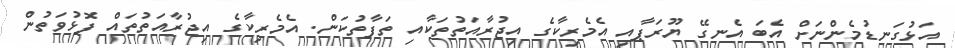
އަޅުގަނޑުމެންނަށް އެބަ އެނގޭ ޔޫރަޕާއި އެމެރިކާގެ އިޖުރާއަތުތަކާއި ތަފާތުކަން. އެމެރިކާގެ އިޖުރާއަތުތައް ފޮޅުވަތުން